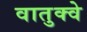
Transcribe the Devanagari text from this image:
वातुक्वे